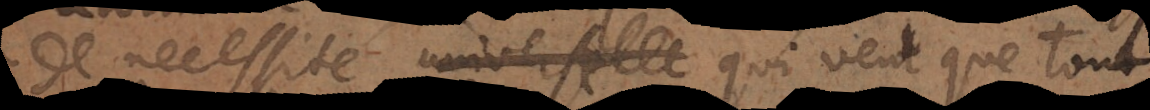
de necessité universelle qui veut que tout